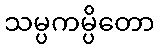
သမ္ပကမ္ပိတော